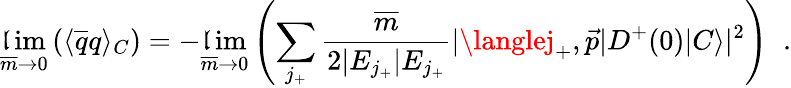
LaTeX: \operatorname*{\mathfrak{l}im}_{\overline{{{{m}}}}\to0}\left(\langle\overline{{{{q}}}}q\rangle_{C}\right)=-\operatorname*{\mathfrak{l}im}_{\overline{{{{m}}}}\to0}\left(\sum_{j_{+}}\frac{{\overline{{{{m}}}}}}{{2|E_{j_{+}}|E_{j_{+}}}}|\langlej_{+},\vec{{p}}|D^{+}(0)|C\rangle|^{2}\right)\; \; .